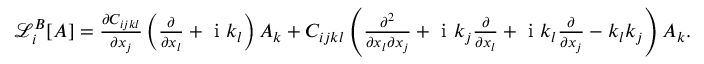
\begin{array} { r } { \mathcal { L } _ { i } ^ { B } [ \boldsymbol { A } ] = \frac { \partial C _ { i j k l } } { \partial x _ { j } } \left( \frac { \partial } { \partial x _ { l } } + \mathrm { ~ i ~ } k _ { l } \right) A _ { k } + C _ { i j k l } \left( \frac { \partial ^ { 2 } } { \partial x _ { l } \partial x _ { j } } + \mathrm { ~ i ~ } k _ { j } \frac { \partial } { \partial x _ { l } } + \mathrm { ~ i ~ } k _ { l } \frac { \partial } { \partial x _ { j } } - k _ { l } k _ { j } \right) A _ { k } . } \end{array}